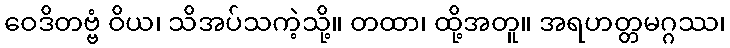
ဝေဒိတဗ္ဗံ ဝိယ၊ သိအပ်သကဲ့သို့။ တထာ၊ ထို့အတူ။ အရဟတ္တမဂ္ဂဿ၊